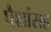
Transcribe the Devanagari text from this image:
पैशांसह